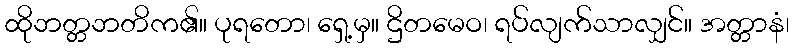
ထိုဘတ္တဘတိက၏။ ပုရတော၊ ရှေ့မှ။ ဌိတမေဝ၊ ရပ်လျက်သာလျှင်။ အတ္တာနံ၊